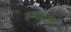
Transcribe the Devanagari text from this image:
इल्सट्रैशन